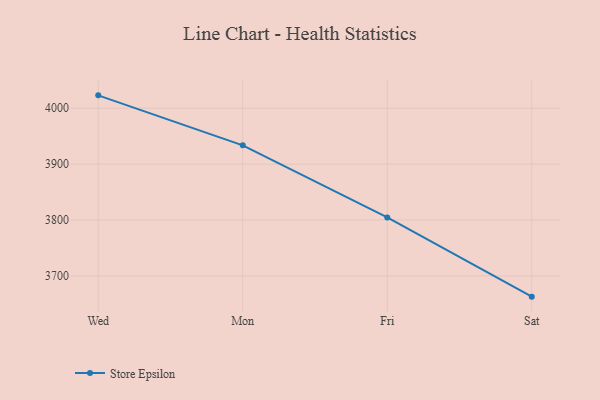
{"axis": {"x": "Day", "y": "Website Visitors"}, "legend": ["Store Epsilon"], "data": [{"x": "Wed", "y": 4023.0, "type": "Store Epsilon"}, {"x": "Mon", "y": 3933.6, "type": "Store Epsilon"}, {"x": "Fri", "y": 3804.6, "type": "Store Epsilon"}, {"x": "Sat", "y": 3662.9, "type": "Store Epsilon"}]}